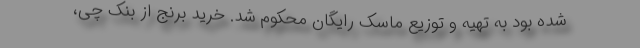
شده بود به تهیه و توزیع ماسک رایگان محکوم شد. خرید برنج از بنک چی،